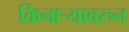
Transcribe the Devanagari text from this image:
किनार्‍यावरुन